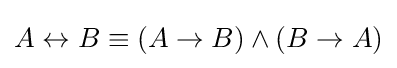
A\leftrightarrow B\equiv (A\rightarrow B)\wedge (B\rightarrow A)